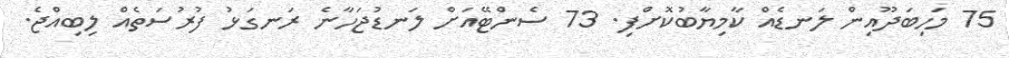
75 މަހިބަދޫއިން ލަނޑެއް ކާމިޔާބުކޮށްފި. 73 ސެންޓޭއަށް ލަނޑުޖަހާނެ ރަނގަޅު ފުރުސަތެއް ލިބިއްޖެ.